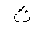
Letter: _tha